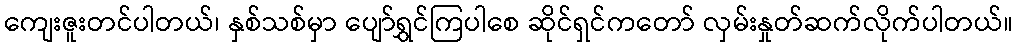
ကျေးဇူးတင်ပါတယ်၊ နှစ်သစ်မှာ ပျော်ရွှင်ကြပါစေ ဆိုင်ရှင်ကတော် လှမ်းနှုတ်ဆက်လိုက်ပါတယ်။